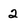
Character: 2